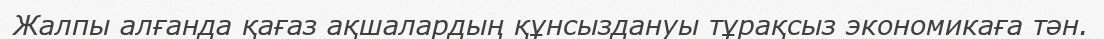
Жалпы алғанда қағаз ақшалардың құнсыздануы тұрақсыз экономикаға тән.